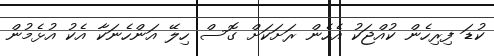
ކުޑަ ފިރިހެން ކުއްޖަކު އެހެން ރަށަކަށް ގޮސް ހިލޭ އަންހެނަކާ އެކު އުޅެމުން